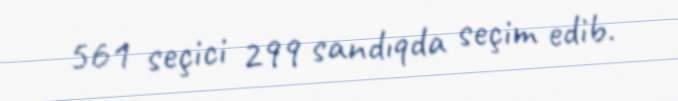
561 seçici 299 sandıqda seçim edib.